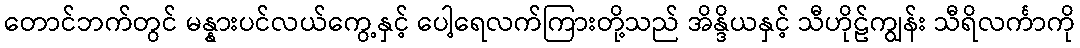
တောင်ဘက်တွင် မန္နားပင်လယ်ကွေ့နှင့် ပေါ့ရေလက်ကြားတို့သည် အိန္ဒိယနှင့် သီဟိုဠ်ကျွန်း သီရိလင်္ကာကို